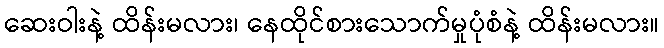
ဆေးဝါးနဲ့ ထိန်းမလား၊ နေထိုင်စားသောက်မှုပုံစံနဲ့ ထိန်းမလား။